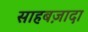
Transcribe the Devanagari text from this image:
साहबज़ादा